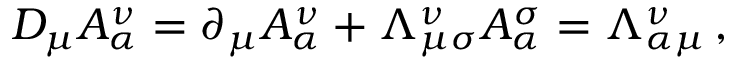
D _ { \mu } A _ { \alpha } ^ { \nu } = \partial _ { \mu } A _ { \alpha } ^ { \nu } + \Lambda _ { \mu \sigma } ^ { \nu } A _ { \alpha } ^ { \sigma } = \Lambda _ { \alpha \mu } ^ { \nu } \, ,